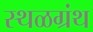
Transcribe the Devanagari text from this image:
स्थळग्रंथ